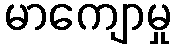
မာကျောမှု